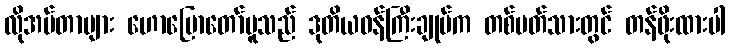
လိုအပ်တာများ ဟောပြောတော်မူသည် ဒုတိယဝန်ကြီးချုပ်က တစ်ပတ်သားတွင် တန်ဖိုးထားပါ